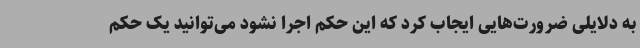
به دلایلی ضرورت‌هایی ایجاب کرد که این حکم اجرا نشود می‌توانید یک حکم